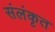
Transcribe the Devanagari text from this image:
संलंकृत